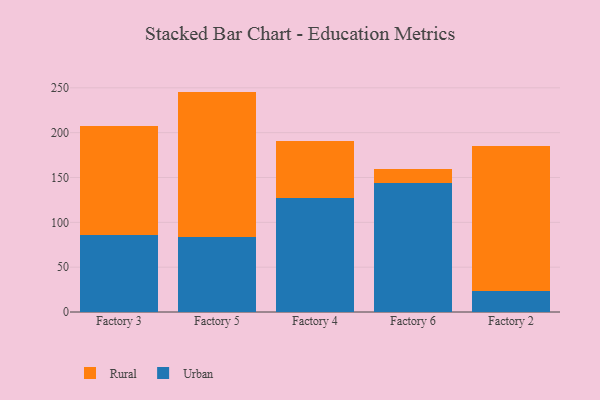
{"axis": {"x": "Factory", "y": "Production Output"}, "legend": ["Rural", "Urban"], "data": [{"x": "Factory 3", "y": 85.8, "type": "Urban"}, {"x": "Factory 3", "y": 121.5, "type": "Rural"}, {"x": "Factory 5", "y": 83.1, "type": "Urban"}, {"x": "Factory 5", "y": 162.7, "type": "Rural"}, {"x": "Factory 4", "y": 127.0, "type": "Urban"}, {"x": "Factory 4", "y": 63.4, "type": "Rural"}, {"x": "Factory 6", "y": 143.9, "type": "Urban"}, {"x": "Factory 6", "y": 16.1, "type": "Rural"}, {"x": "Factory 2", "y": 23.3, "type": "Urban"}, {"x": "Factory 2", "y": 162.1, "type": "Rural"}]}